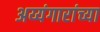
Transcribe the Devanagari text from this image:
अय्यंगारांच्या